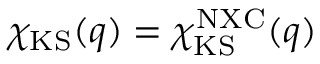
\chi _ { \mathrm { K S } } ( q ) = \chi _ { \mathrm { K S } } ^ { \mathrm { N X C } } ( q )